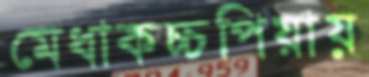
মেধাকচ্চপিয়ায়